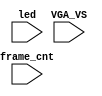
`timescale 1ns/1ps

module mist_dump(
    input           VGA_VS,
    input           led,
    input   [31:0]  frame_cnt
);

`ifdef DUMP
`ifndef NCVERILOG // iVerilog:
    initial begin
        // #(200*100*1000*1000);
        $display("DUMP enabled");
        $dumpfile("test.lxt");
    end
    `ifdef LOADROM
    always @(negedge led) if( $time > 20000 ) begin // led = downloading signal
        $display("DUMP starts");
        $dumpvars(0,mist_test);
        $dumpon;
    end
    `else
        `ifdef DUMP_START
        always @(negedge VGA_VS) if( frame_cnt==`DUMP_START ) begin
        `else
            initial begin
        `endif
            $display("DUMP starts");
            `ifdef DEEPDUMP
                $dumpvars(0,mist_test);
            `else
                $dumpvars(1,mist_test.UUT.u_game.u_main);
                $dumpvars(1,mist_test.frame_cnt);
            `endif
            $dumpon;
        end
    `endif
`else // NCVERILOG
    `ifdef DUMP_START
    always @(negedge VGA_VS) if( frame_cnt==`DUMP_START ) begin
    `else
    initial begin
    `endif
        $shm_open("test.shm");
        `ifdef DEEPDUMP
            $display("NC Verilog: will dump all signals");
            $shm_probe(mist_test,"AS");
        `else
            $display("NC Verilog: will dump selected signals");
            $shm_probe(frame_cnt);

            `ifdef LOADROM
                $shm_probe(UUT.u_game.u_dwnld,"A");
                $shm_probe(UUT.u_frame.u_board.u_sdram,"AS");
            `else
                `ifndef NOSOUND
                    $shm_probe(UUT.u_game.u_sound,"A");
                    $shm_probe(UUT.u_game.u_sound.u_fmcpu,"A");
                    $shm_probe(UUT.u_game.u_sound.u_adpcmcpu,"A");
                `endif
                `ifdef OBJLOAD
                    $shm_probe(UUT.u_game.u_objload,"A");
                `else
                //$shm_probe(UUT.u_game,"A");
                $shm_probe(UUT.u_game.u_main,"A");
                $shm_probe(UUT.u_game.u_main.u_dtack,"A");
                $shm_probe(UUT.u_game.u_mcu,"A");
                $shm_probe(UUT.u_game.u_mcu.u_mcu,"A");
                //$shm_probe(UUT.u_game.u_bank0,"AS");
                //$shm_probe(UUT.u_frame.u_board.u_sdram,"AS");
                //$shm_probe(UUT.u_game.u_video,"A");
                `endif
            `endif
            //$shm_probe(UUT.u_game.u_video,"A");
            //$shm_probe(UUT.u_game.u_video.u_obj,"AS");
        `endif
    end
`endif
`endif

endmodule // mist_dump